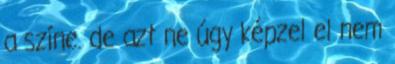
a színe. de azt ne úgy képzel el nem